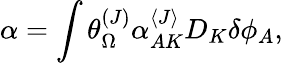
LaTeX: \alpha=\int\theta_{\Omega}^{(J)}\alpha_{AK}^{\langle J\rangle}D_{K}\delta\phi_{A},